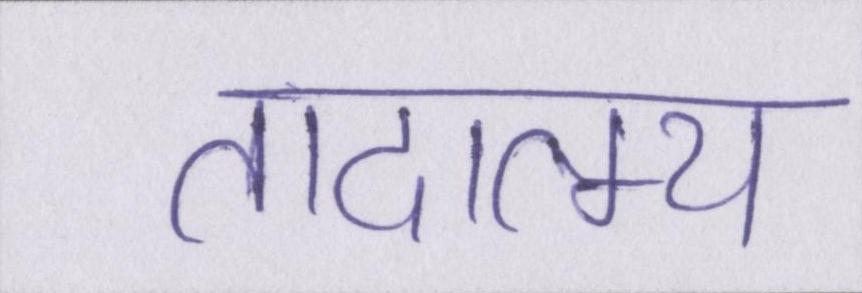
तादात्म्य